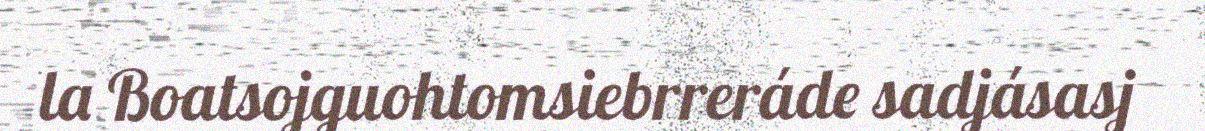
la Boatsojguohtomsiebrreráde sadjásasj